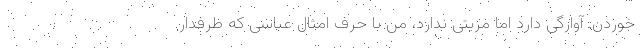
خوردن. آوارگی دارد اما مزیتی ندارد، من با حرف امثال عباسی که طرفدار